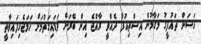
ހަސަން ތައުފީގު މަގާމުން އިސްތިއުފާ ދެއްވީ ރާއްޖެ އިން ބޭރަށް ވަޑައިގަތުމަށް ހަމަޖެހިފައިވާތީ